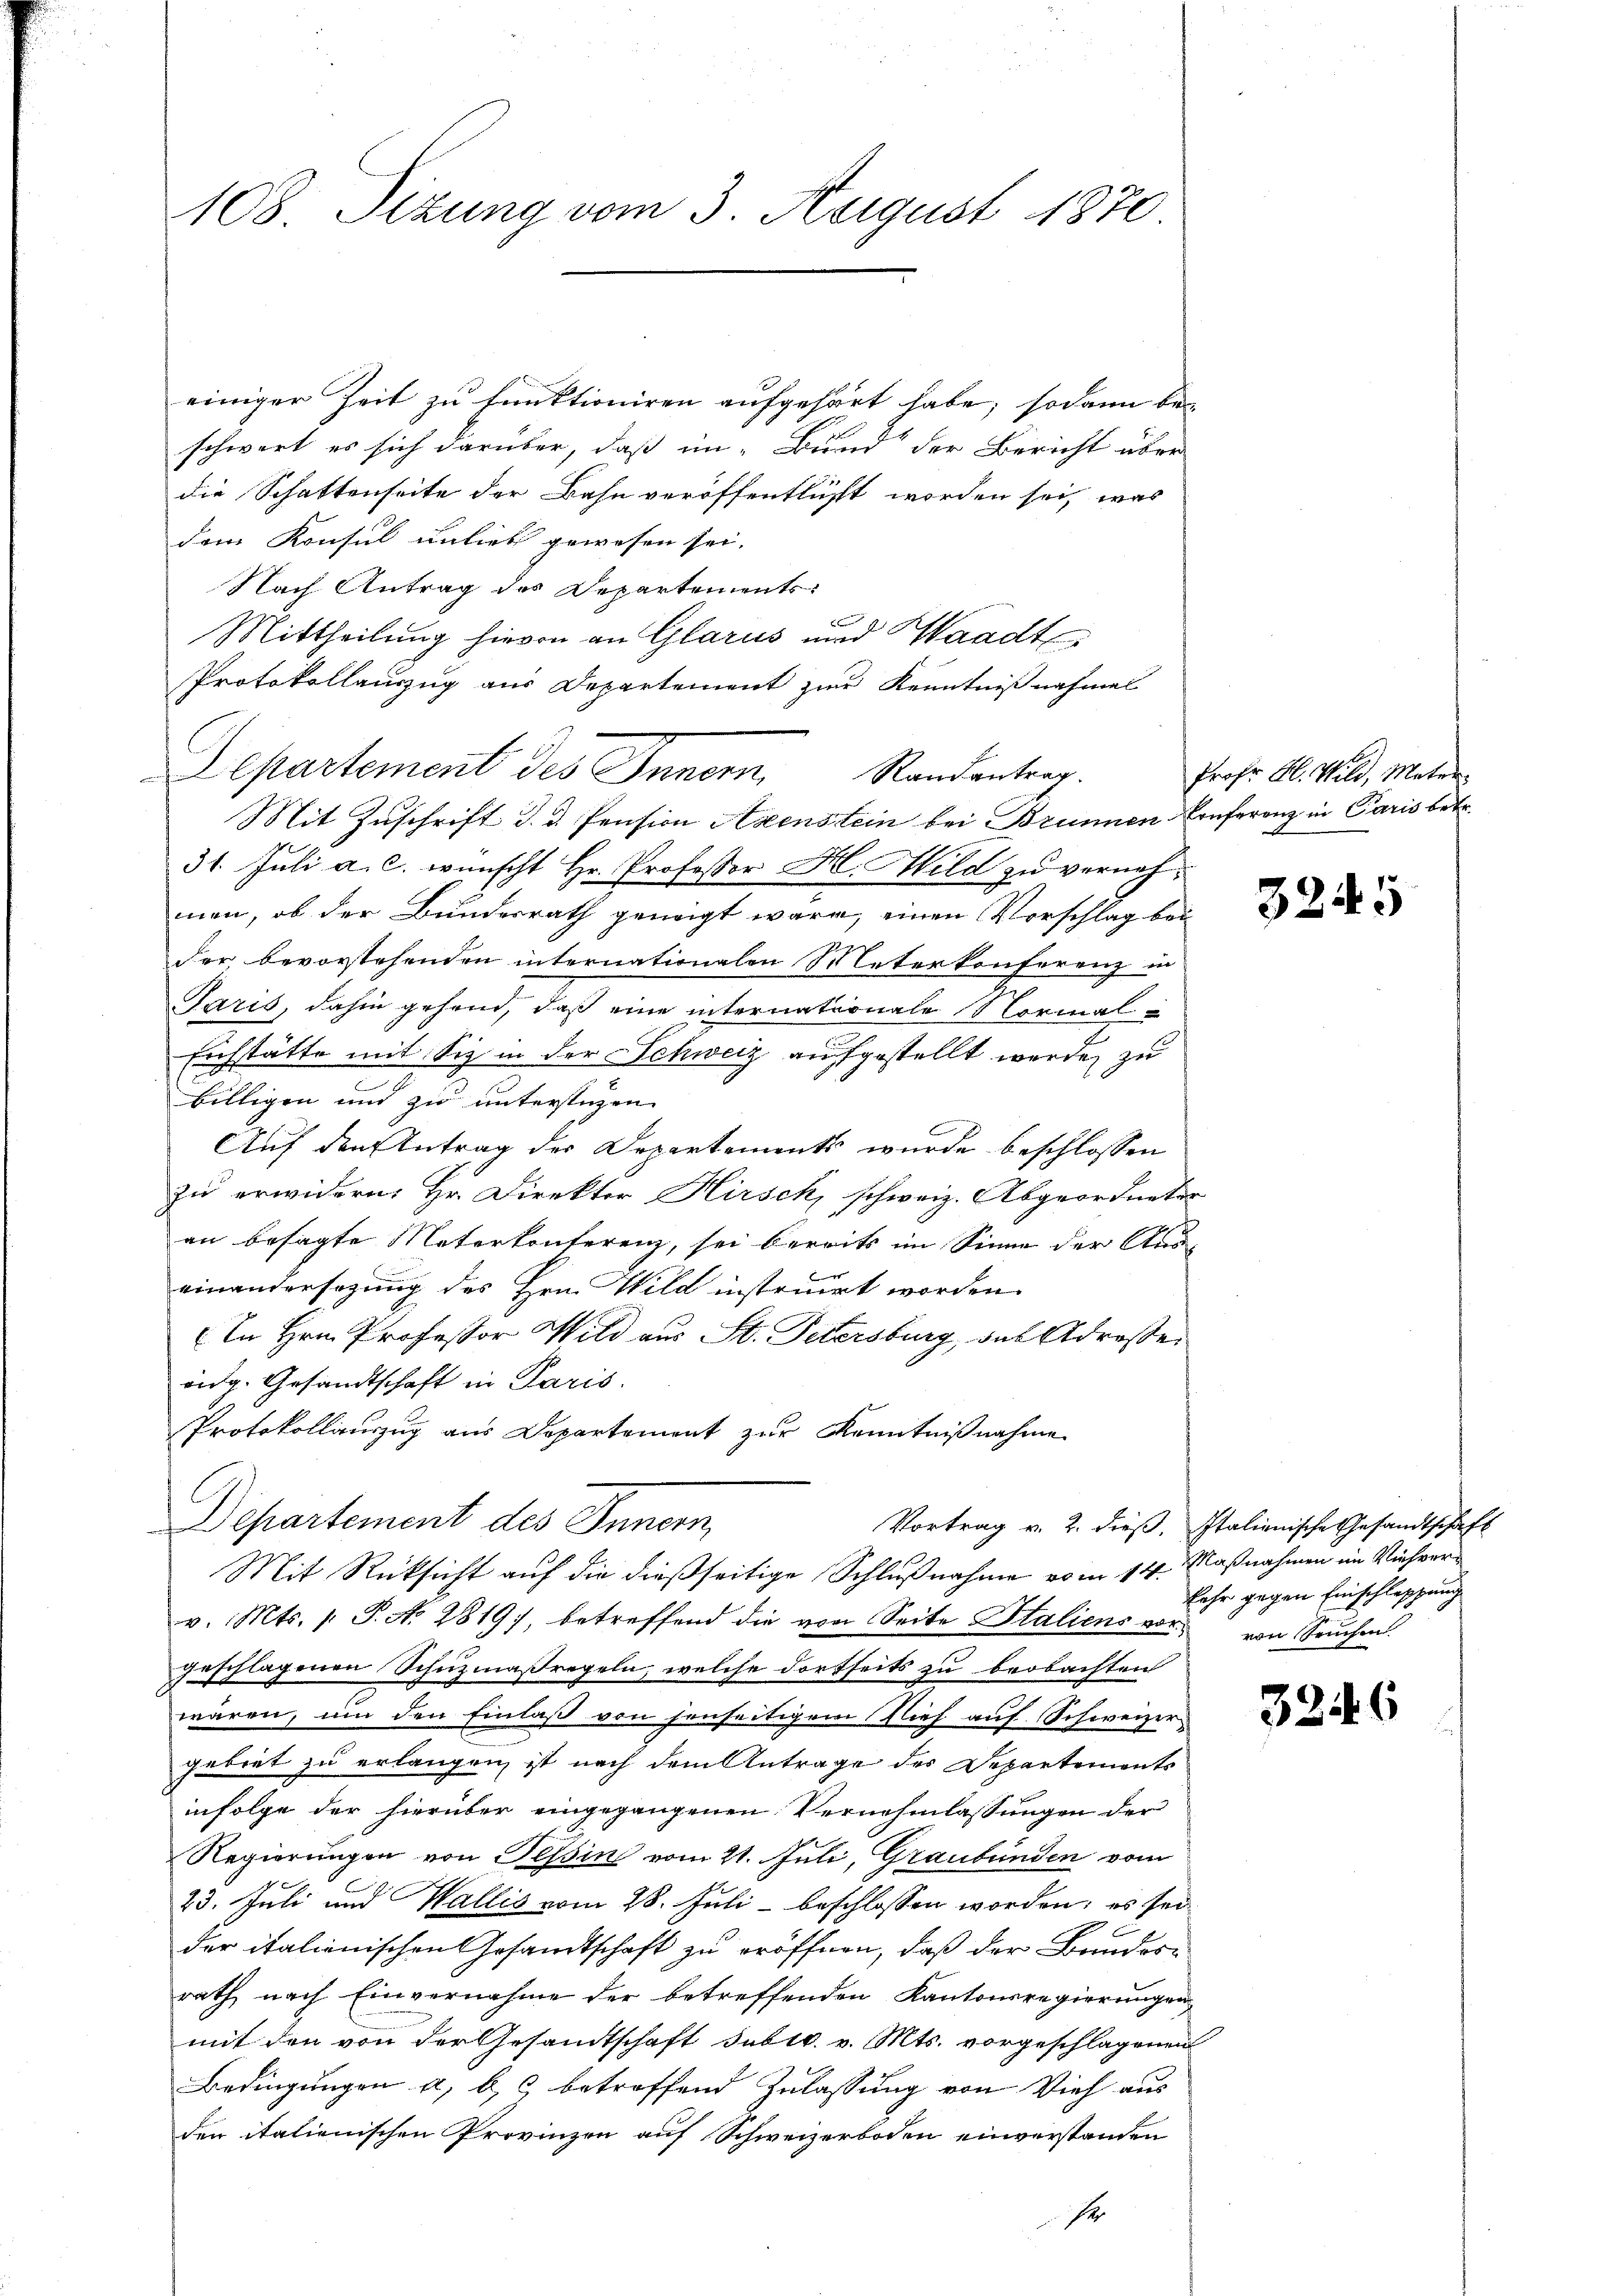
108. Sizung vom 3. August 1870

einiger Zeit zu funktioniren aufgehört habe; sodann be-
schwert es sich darüber, daß un- Bund der Bericht über
die Schattenseite der Bahn veroffentlicht worden sei, was
dem Konsul unlieb gewesen sei.
Nach Antrag des Departements
Mittheilung hievon an Glarus und Waadt
Protokollauszug aus Departement zur Kenntnißnahmel
Mit Zuschrift d. d. Pension Axenstein bei Brunnen Conferenz in Paris betr.
31. Juli a. c. wünscht Hr. Professor H. Mild zu vernehmen, ob der Bundesrath geneigt wäre, einen Vorschlag bei
der bevorstehenden internationalen Meterkonferenz in
Paris, dahin gehend, daß eine internationale Normal
Eichstätte mit Siz in der Schweiz aufgestellt werde, zu
2
billigen und zu unterstüzen
Auf den Antrag der Departements wurde beschlossen
zu erwidern. Hr. Direktor Hirsch, schweiz. Abgeordneten
an besagte Naterkonferenz, sei bereits im Sinne der Auseinandersezung des Hrn. Wild instruirt worden.
In Hrn. Professor Wild aus St. Petersburg, das Adreser
eidg. Gesandtschaft in Paris.
Protokollauszug aus Departement zur Kenntnißnahme
Departement des Innern,
Vortrag v. 2. dieß, Italienische Gesandtschaft
Mit Rücksicht auf die dießseitige Schlußnahme vom 14. Maßnahmen im Viehverv. Mts. 1. P. No. 2819), betreffend die von Seite Staliens vor von Seuchen.
geschlagenen Schuzmaßregeln, welche dortseits zu beobachten
wären, um den Einlaß von jenseitigem Tief auf Schweizergebiet zu erlangen, ist nach dem Antrage des Departements
infolge der hierüber eingegangenen Vernehmlassungen der
Regierungen von Tessin vom 21. Juli, Graubünden vom
23. Juli und Wallis vom 28. Juli - beschlossen worden; es sei
der italienischen Gesandtschaft zu eröffnen, daß der Baudorrath, nach Einvernahme der betreffenden Kantonsregierungen
mit den von der Gesandtschaft subtr. v. Mts. vorgeschlagenen
Bedingungen a, b, betreffend Zulassung von Vieh aus
den italienischen Provinzen auf Schweizerboden einverstanden
Er

Departement des Innern Randantrag.

Prof. Al. Wild, Mater.

3245

Fehr gegen Einschleppung

32.

6